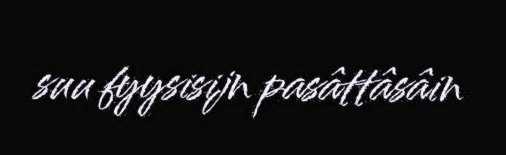
suu fyysisijn pasâttâsâin